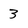
Character: 3